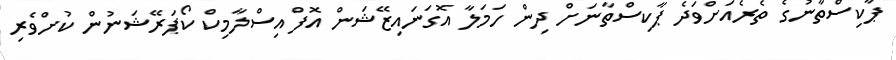
ޕާކިސްތާނުގެ ތެރެއަށްވަދެ ޕާކިސްތާނަށް ދިން ހަމަލާ އޮގަނައިޒޭޝަން އޮފް އިސްލާމިކް ކޯޕަރޭޝަނުން ކުށްވެރި